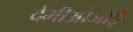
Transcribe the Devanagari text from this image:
देमीओर्जोई